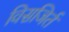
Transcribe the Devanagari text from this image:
विसजिर्त